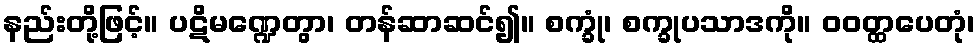
နည်းတို့ဖြင့်။ ပဋိမဏ္ဍေတွာ၊ တန်ဆာဆင်၍။ စက္ခုံ၊ စက္ခုပသာဒကို။ ဝဝတ္ထပေတုံ၊